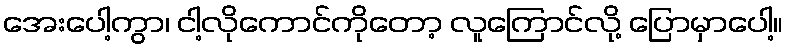
အေးပေါ့ကွာ၊ ငါ့လိုကောင်ကိုတော့ လူကြောင်လို့ ပြောမှာပေါ့။